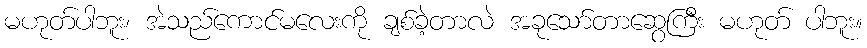
မဟုတ်ပါဘူး၊ အဲသည်ကောင်မလေးကို ချစ်ခဲ့တာလဲ အခုသော်တာဆွေကြီး မဟုတ် ပါဘူး။